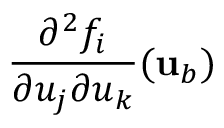
\frac { \partial ^ { 2 } f _ { i } } { \partial u _ { j } \partial u _ { k } } ( { \mathbf { u } } _ { b } )